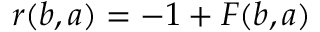
r ( b , a ) = - 1 + F ( b , a )